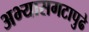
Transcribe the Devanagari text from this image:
अभ्यासगटापुढे